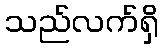
သည်လက်ရှိ